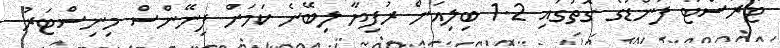
ޓުރަސްޓު ފަންޑުގެ ގޮތުގައި 1.2 ބިލިއަން ރުފިޔާ ލިބޭނެ ކަމަށް ފިނޭންސް މިނިސްޓަރު